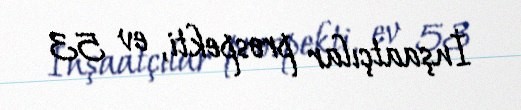
İnşaatçılar prospekti, ev 53